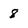
Character: 8